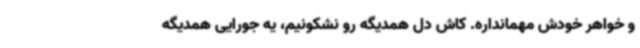
و خواهر خودش مهمانداره. کاش دل همدیگه رو نشکونیم، یه جورایی همدیگه